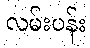
လမ်းပန်း